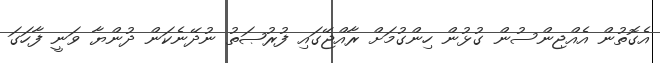
އެގޮތުން އެއްޖިންސުން ގުޅުން ހިންގުމަށް ރާއްޖޭގައި ފުރުޞަތު ނުދޭނެކަން ދުންޔާ ވަނީ ފާހަގަ